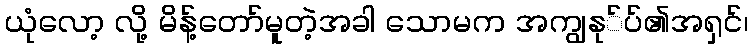
ယုံလော့ လို့ မိန့်တော်မူတဲ့အခါ သောမက အကျွနု်ပ်၏အရှင်၊